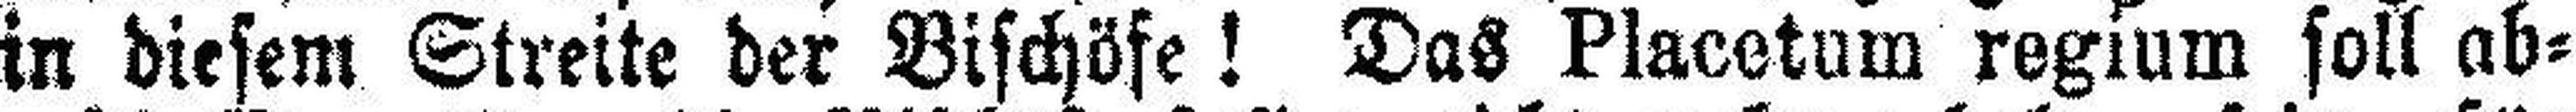
in diesem Streite der Bischöfe! Das Placetum regium soll ab¬